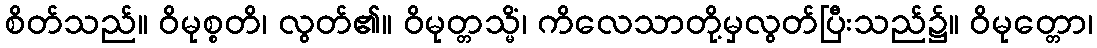
စိတ်သည်။ ဝိမုစ္စတိ၊ လွတ်၏။ ဝိမုတ္တသ္မိံ၊ ကိလေသာတို့မှလွတ်ပြီးသည်၌။ ဝိမုတ္တော၊